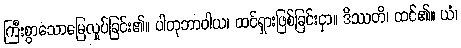
ကြီးစွာသောမြေလှုပ်ခြင်း၏။ ပါတုဘာဝါယ၊ ထင်ရှားဖြစ်ခြင်းငှာ။ ဒိဿတိ၊ ထင်၏။ ယံ၊